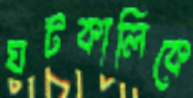
ঘটকালিকে